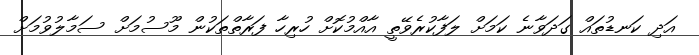
އަދި ކަނޑުތައް ގަދަވާނެ ކަމަށް ލަފާކުރެވޭތީ އާއްމުކޮށް ހުރިހާ ފަރާތްތަކުން މޫސުމަށް ސަމާލުވުމަށް